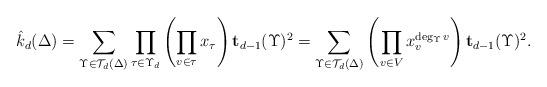
LaTeX: \begin{align*}\hat{k}_d(\Delta)=\sum_{\Upsilon\in\mathcal{T}_d(\Delta)}\prod_{\tau \in \Upsilon_d}\left(\prod_{v \in \tau} x_{\tau}\right){\mathbf{t}_{d-1}(\Upsilon)^2}=\sum_{\Upsilon\in\mathcal{T}_d(\Delta)}\left(\prod_{v \in V}x_{v}^{\deg_\Upsilon v}\right){\mathbf{t}_{d-1}(\Upsilon)^2}.\end{align*}